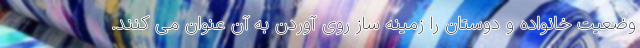
وضعیت خانواده و ‌دوستان را زمینه ساز روی آوردن به آن عنوان می کنند.